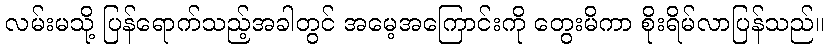
လမ်းမသို့ ပြန်ရောက်သည့်အခါတွင် အမေ့အကြောင်းကို တွေးမိကာ စိုးရိမ်လာပြန်သည်။